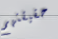
حقيقتهم